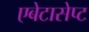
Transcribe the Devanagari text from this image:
एबेटासेप्ट